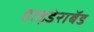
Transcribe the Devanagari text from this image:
हाइडेराबॅड